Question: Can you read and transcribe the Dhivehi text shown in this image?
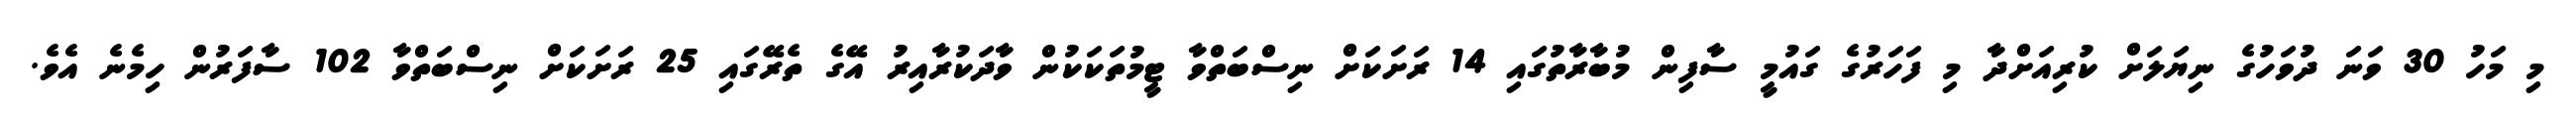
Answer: މި މަހު 30 ވަނަ ދުވަހުގެ ނިޔަލަށް ކުރިއަށްދާ މި ފަހަރުގެ ގައުމީ ސާފިން މުބާރާތުގައި 14 ރަށަކަށް ނިސްބަތްވާ ޓީމުތަކަކުން ވާދަކުރާއިރު އޭގެ ތެރޭގައި 25 ރަށަކަށް ނިސްބަތްވާ 102 ސާފަރުން ހިމެނެ އެވެ.